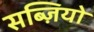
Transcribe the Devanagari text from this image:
सब्ज़ियो